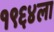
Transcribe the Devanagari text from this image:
१९६४ला